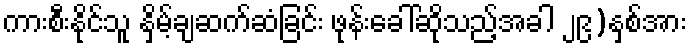
ကားစီးနိုင်သူ နှိမ့်ချဆက်ဆံခြင်း ဖုန်းခေါ်ဆိုသည့်အခါ ၂၉)နှစ်အား